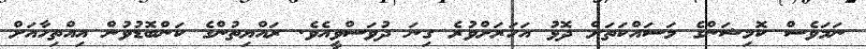
ނަމަވެސް ކޮމިޝަންގެ މަސައްކަތަށް ދޮޅު އަހަރަށްވުރެ ގިނަ ދުވަސްވީއެވެ. ރައްޔިތުންގެ ކަންބޮޑުވުން އިއްތިހާއަށް